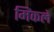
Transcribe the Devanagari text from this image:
मिंकले